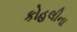
કોહલીના